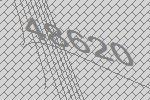
48620